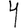
Digit: 4